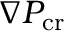
\boldsymbol { \nabla } P _ { \mathrm { c r } }